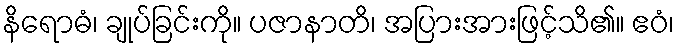
နိရောဓံ၊ ချုပ်ခြင်းကို။ ပဇာနာတိ၊ အပြားအားဖြင့်သိ၏။ ဧဝံ၊